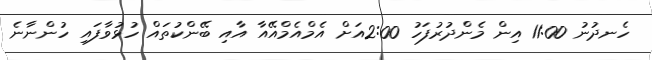
ހެނދުނު 11:00 އިން މެންދުރުފަހު 2:00އަށް އެމްއެމްއޭއާ އާއި ބޭންކުތައް ހުޅުވާފައި ހުންނާނެ